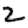
Digit: 2